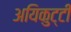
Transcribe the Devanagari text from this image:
अयिकुट्टी